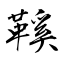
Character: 鞵